King Institute of Preventive Medicine Bacteriolog. Section reports 1907-08
Year: 1907
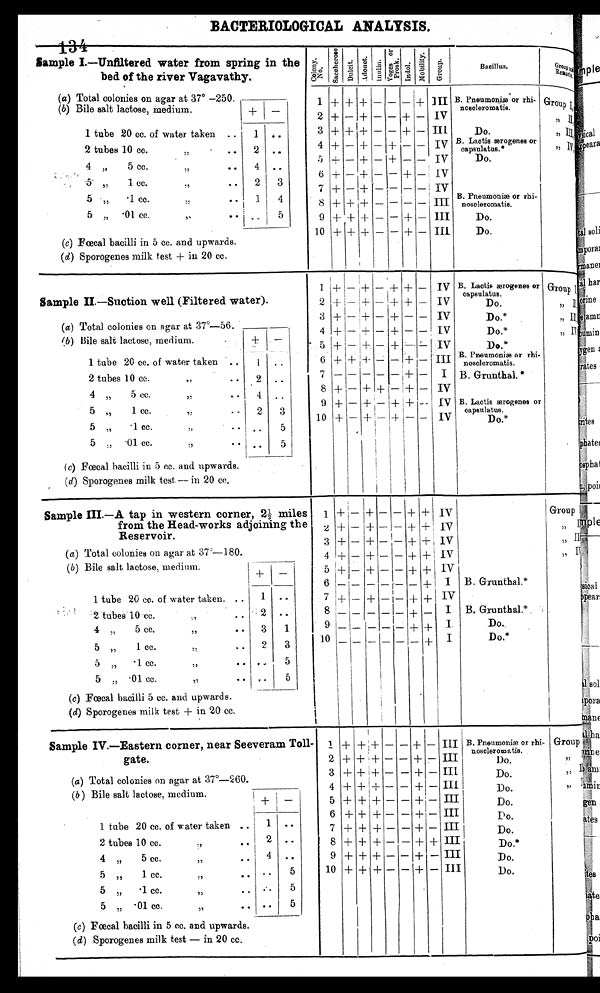
134 BACTERI OLOGI CAL ANALYSI S.
Sample I.—Unfiltered water from spring in the
bed of the river Vagavathy.
C o l o n y
N o .
S a c c h e r o s e .
D u l c i t .
A d o n i t .
I n u l i n .
Voges
or prosk.
I n d o l .
M o b i l i t y . G r o u p .
Bacillus.
Group
Remarks.
1
+ + + — — —
2 + — + — — + —
3 + + + — — + —
4 + — + — + — —
5 +—+—+
— —
6 + — + — — + —
7 + — + — — — —
8 + + + — — — —
9 +++——
10 + + + — —+—
III
IV
III
I
IV
IV
IV
III
III
III
B. Pneumoniæ or rhi-
noscleromatis.
Do.
B.Lactis ærogenes or
Do.
B. Pneumoniæ or rhi-
noscleromatis.
Do.
Do.
Group I,
II
„ ,
111
,,
I V
(a) Total colonies on agar at 37° —250.
(b) Bile salt lactose, medium.
1 tube 20 cc. of water taken ..
2 tubes 10 cc.
„
4 „
5 cc.
..
,,
.5' „
1 cc.
..
5 „
• 1 cc.
. .
5
.01 cc..
—
+ —
1
4
2
1
..
3
5
(e) Fœcal bacilli in 5 cc. and upwards.
(d) Sporogenes milk test + in 20 cc.
Sample II.—Suction well (Filtered water).
1+ — + — + – +
2 + — + — + + —
3 +–+ — +
–
4 + — + — + — —
5
+ –+ — + — —
6 + + + — ’ — —
7 — — – — — + —
8 + — + + — + —
9 + — + — + +
10 + — + – + – —
Iv
IV
IV
IV
IV
III
I
IV
IV
IV
B. Lactis ærogenes or
capsulat us
Do.
Do.*
Do.*
D* o .
B. Pneumoniæ or rhi-
noscleromatis.
B. Grunthal.*
B. Lactis ærogenes or
capsulatus.
Do.
Group I
, , I I
,, Ill
,,
I V
(a) Total colonies on agar at 37°—56
(b) Bile salt lactose, medium.
1 tube 20 cc. of water taken ...
2 tubes 10 cc. ..
4 „
5 cc.
,,
• •
5„
1 cc.
,,
..
5 „
.1 cc.
„
..
5 , , • 0 1 . c c . , ,
• •
..
..
..
3
5
5
1
2
4
2
..
• •
(c) Fœcal bacilli in 5 cc. and upwards.
(d) Sporogenes milk test + in 20 cc.
Sample III.—A tap in western corner, 2½ miles
from the Head-works adjoining the
Reservoir.
1 + — + — — + +
2 + – + – — + +
3 + — + — — +
4 + — + — — + +
5 + — + — — + +
6 – – – – – – +
7 + — + — – + +
8 – – – – – + –
9 – – – – – – +
10 – – – – – – +
IV
Iv
IV
IV
I v
I
IV
I
I
I
B. Grunthal.*
B. Grunthal.*
Do..
Do.*
Group
,, I
,,
I I
,,
I I I
, , I V
(a) Total colonies on agar at 370—180
(b) Bile salt lactose, medium.
+
—
1 tube20 cc. of water taken. ..
2 tubes10 .cc.
..
45 cc.
„
,,
..
5 „
1 cc.
„
..
5 „
• 1. cc.
„
..
5 „ .01 cc.
,,
..
. .
..
1
3
5
5
1
.: 2
3
2
...
..
(c) Fœcal bacilli 5 cc. and upwards.
(d) Sporogenes milk test + in 20 cc.
Sample IV.—Eastern corner, near Seeveram Toll-
gate.
1 + + + — — + —
2 + + + — — + —
3 + + + — — + —
4 + +
— — + —
5 + + + — — + —
6 +++––+
7 + + + — — + —
8 + + + — — + +
9+++—+-
10 + + + — — + —
III
III
III
I I I
III
I I I
III
III
I I I
III
B. Pneumoniæ or rhi-
noscleroma
.
t i s
Do.
Do.
Do.
Do.
Do.
Do.*
Do.
Do.
Group
,,
I
„ I I
, , I I I
, , I V
(a) Total colonies on agar at 37°—260.
(b) Bile salt lactose, medium.
—
+
1 tube 20 cc. of water taken ..
2 tubes 10 cc.
. .
4 „
5 cc.
,,
• •
5 „
1. cc.
,,
. .
5 „
• 1 cc.
,,
..
5 „ .01 cc.
„
..
1
2
4
..
..
..
. .
..
..
5
5
5
(c) Fœcal bacilli in 5 cc. and upwards.
(d) Sporogenes milk test — in 20 cc.